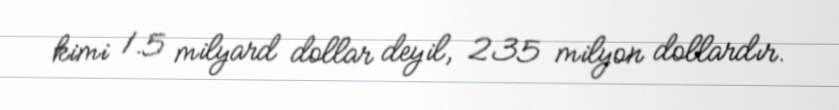
kimi 1.5 milyard dollar deyil, 235 milyon dollardır.